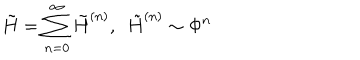
LaTeX: \tilde { H } = \sum _ { n = 0 } ^ { \infty } \tilde { H } ^ { ( n ) } , ~ ~ \tilde { H } ^ { ( n ) } \sim \Phi ^ { n }